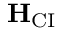
\mathbf H _ { \mathrm { C I } }